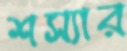
শস্যার